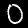
Digit: 0